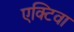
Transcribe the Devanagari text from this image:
एक्टिवा